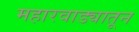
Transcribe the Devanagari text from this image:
महारवाड्यातून